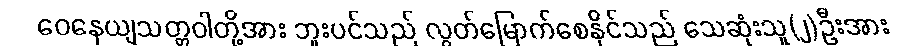
ဝေနေယျသတ္တဝါတို့အား ဘူးပင်သည် လွတ်မြောက်စေနိုင်သည် သေဆုံးသူ(၂)ဦးအား